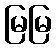
မြမြ